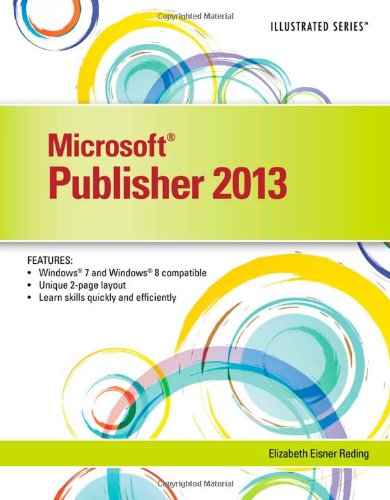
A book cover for Microsoft Publisher 2013: Illustrated; Elizabeth Eisner Reding; Computers & Technology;